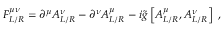
F _ { L / R } ^ { \mu \nu } = \partial ^ { \mu } A _ { { L / R } } ^ { \nu } - \partial ^ { \nu } A _ { { L / R } } ^ { \mu } - i \tilde { g } \left[ A _ { { L / R } } ^ { \mu } , A _ { { L / R } } ^ { \nu } \right] \ ,